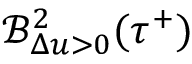
\mathcal { B } _ { \Delta u > 0 } ^ { 2 } ( \tau ^ { + } )